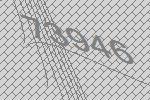
73946